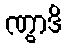
ဏွာဒိ